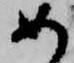
め